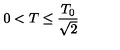
0 < T \leq \frac { T _ { 0 } } { \sqrt { 2 } }